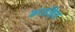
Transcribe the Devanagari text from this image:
करसंहिता